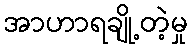
အာဟာရချို့တဲ့မှု